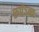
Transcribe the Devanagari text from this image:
रूपेऽन्तः